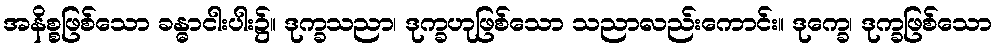
အနိစ္စဖြစ်သော ခန္ဓာငါးပါး၌။ ဒုက္ခသညာ၊ ဒုက္ခဟုဖြစ်သော သညာလည်းကောင်း။ ဒုက္ခေ၊ ဒုက္ခဖြစ်သော